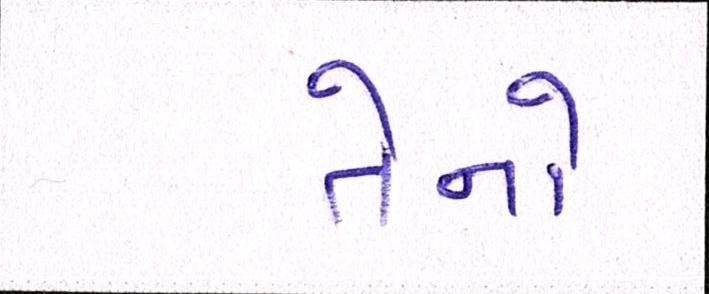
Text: તેનો